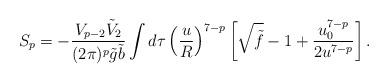
LaTeX: \begin{align*}S_p=-\frac{V_{p-2}\tilde{V}_2}{(2\pi)^p\tilde{g}\tilde{b}}\int d\tau \left(\frac{u}{R}\right)^{7-p}\left[\sqrt{\tilde{f}}-1+ \frac{u_0^{7-p}}{2u^{7-p}}\right].\end{align*}